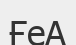
ҒеА